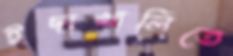
ইছাখালিতে